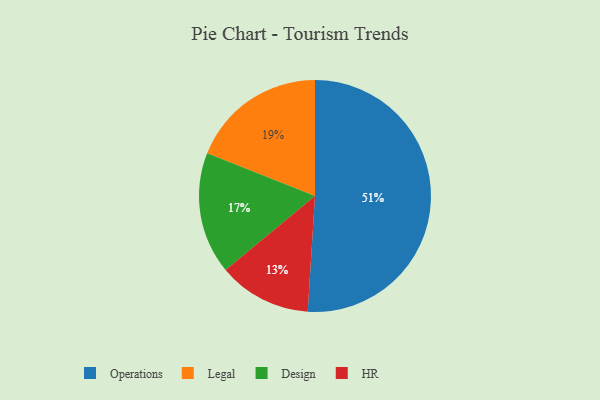
{"axis": {"x": "Category", "y": "Percentage"}, "legend": ["Design", "HR", "Legal", "Operations"], "data": [{"x": "HR", "y": 13, "type": "HR"}, {"x": "Design", "y": 17, "type": "Design"}, {"x": "Legal", "y": 19, "type": "Legal"}, {"x": "Operations", "y": 51, "type": "Operations"}]}